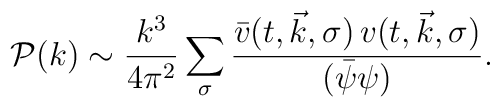
\mathcal{P}(k)\sim   \frac{k^3}{4 \pi^2}\sum_\sigma  \frac{\bar{v}(t,\vec{k},\sigma)\,v(t,\vec{k},\sigma)}    {(\bar{\psi}\psi)}.